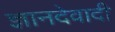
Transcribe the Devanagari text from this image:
ज्ञानदेवादी